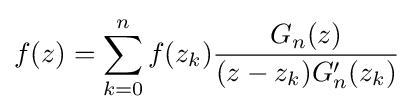
f(z)=\sum _{k=0}^{n}f(z_{k}){\frac {G_{n}(z)}{(z-z_{k})G'_{n}(z_{k})}}